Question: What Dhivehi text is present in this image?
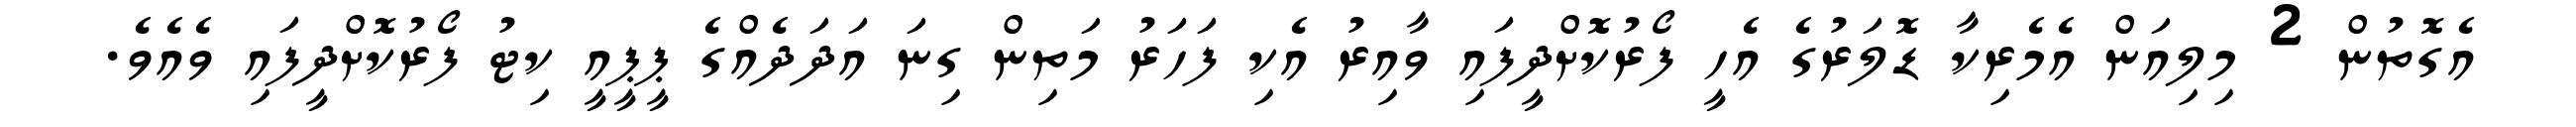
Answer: އެގޮތުން 2 މިލިއަން އެމެރިކާ ޑޮލަރުގެ އެހީ ފޯރުކޮށްދީފައި ވާއިރު އެކި ފަހަރު މަތިން ގިނަ އަދަދެއްގެ ޕީޕީއީ ކިޓު ފޯރުކޮށްދީފައި ވެއެވެ.